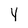
Character: Y